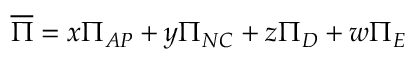
\overline { { \Pi } } = x \Pi _ { A P } + y \Pi _ { N C } + z \Pi _ { D } + w \Pi _ { E }